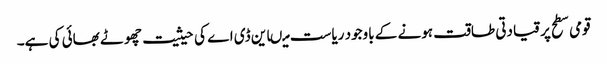
قومی سطح پر قیادتی طاقت ہونے کے باوجود ریاست میںاین ڈی اے کی حیثیت چھوٹے بھائی کی ہے۔